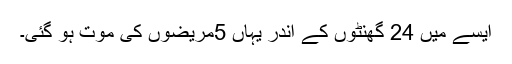
ایسے میں 24 گھنٹوں کے اندر یہاں 5مریضوں کی موت ہو گئی۔